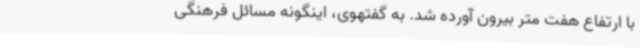
با ارتفاع هفت متر بیرون آورده شد. به گفتهوی، اینگونه مسائل فرهنگی